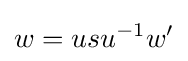
w=usu^{-1}w'